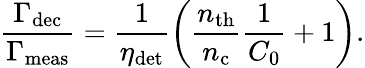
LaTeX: \frac{\Gamma_{\mathrm{dec}}}{\Gamma_{\mathrm{meas}}}=\frac{1}{\eta_{\mathrm{det}}}\left(\frac{n_{\mathrm{th}}}{n_{\mathrm{c}}}\frac{1}{C_{0}}+1\right).